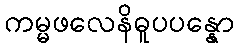
ကမ္မဖလေနိဓူပပန္နော